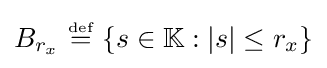
B_{r_{x}}~{\stackrel {\scriptscriptstyle {\text{def}}}{=}}~\{s\in \mathbb {K} :|s|\leq r_{x}\}